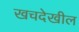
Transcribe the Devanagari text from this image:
खचदेखील